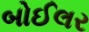
બોઈલર